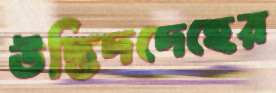
উদ্ভিদদেহের